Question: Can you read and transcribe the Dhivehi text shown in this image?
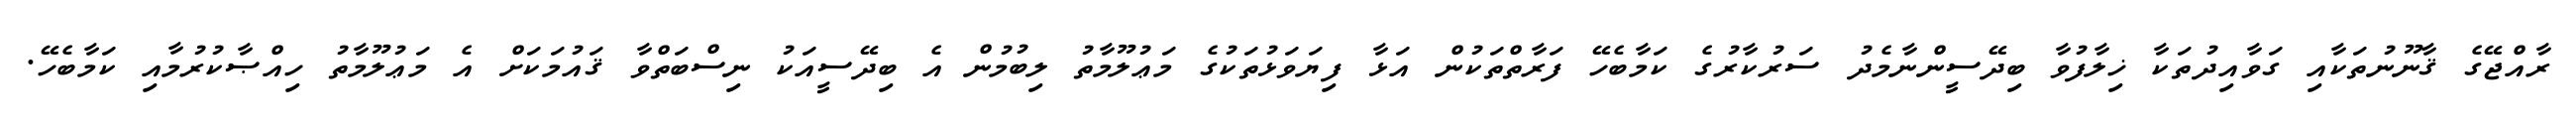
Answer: ރާއްޖޭގެ ޤާނޫނުތަކާއި ގަވާއިދުތަކާ ޚިލާފުވާ ބިދޭސީންނާމެދު ސަރުކާރުގެ ކަމާބެހޭ ފަރާތްތަކުން އަޅާ ފިޔަވަޅުތަކުގެ މަޢުލޫމާތު ލިބުމުން އެ ބިދޭސީއަކު ނިސްބަތްވާ ޤައުމަކަށް އެ މަޢުލޫމާތު ހިއްޞާކުރުމާއި ކަމާބެހޭ.